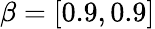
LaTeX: \beta=[0.9,0.9]